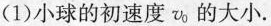
(1) 小球的初速度v_{0}